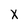
Character: X